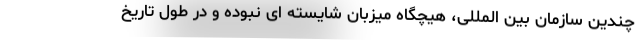
چندین سازمان بین المللی، هیچگاه میزبان شایسته ای نبوده و در طول تاریخ